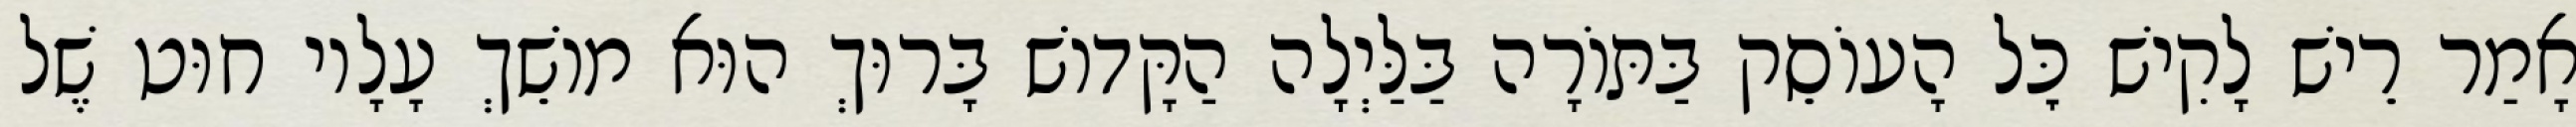
אָמַר רֵישׁ לָקִישׁ כׇּל הָעוֹסֵק בַּתּוֹרָה בַּלַּיְלָה הַקָּדוֹשׁ בָּרוּךְ הוּא מוֹשֵׁךְ עָלָיו חוּט שֶׁל